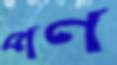
পণ